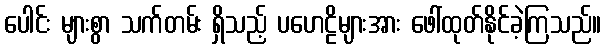
ပေါင်း များစွာ သက်တမ်း ရှိသည့် ပဟေဠိများအား ဖေါ်ထုတ်နိုင်ခဲ့ကြသည်။